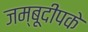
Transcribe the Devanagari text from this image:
जम्बूदीपके